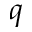
q